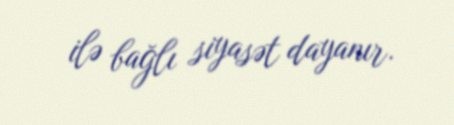
ilə bağlı siyasət dayanır.